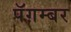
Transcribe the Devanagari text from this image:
पॅग़म्बर